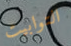
التوابيت